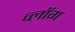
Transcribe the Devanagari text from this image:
व्लॉग